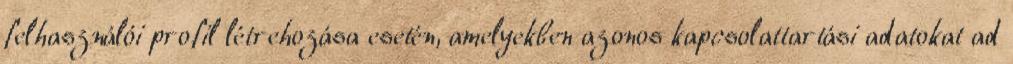
felhasználói profil létrehozása esetén, amelyekben azonos kapcsolattartási adatokat ad